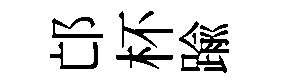
邙杯踰